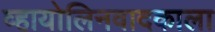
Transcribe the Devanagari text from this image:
व्हायोलिनवादकाला